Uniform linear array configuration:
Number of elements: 16
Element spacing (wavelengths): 0.25
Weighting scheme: blackman
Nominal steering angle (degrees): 30
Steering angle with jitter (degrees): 30.324
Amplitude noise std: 0.05
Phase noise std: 0.05

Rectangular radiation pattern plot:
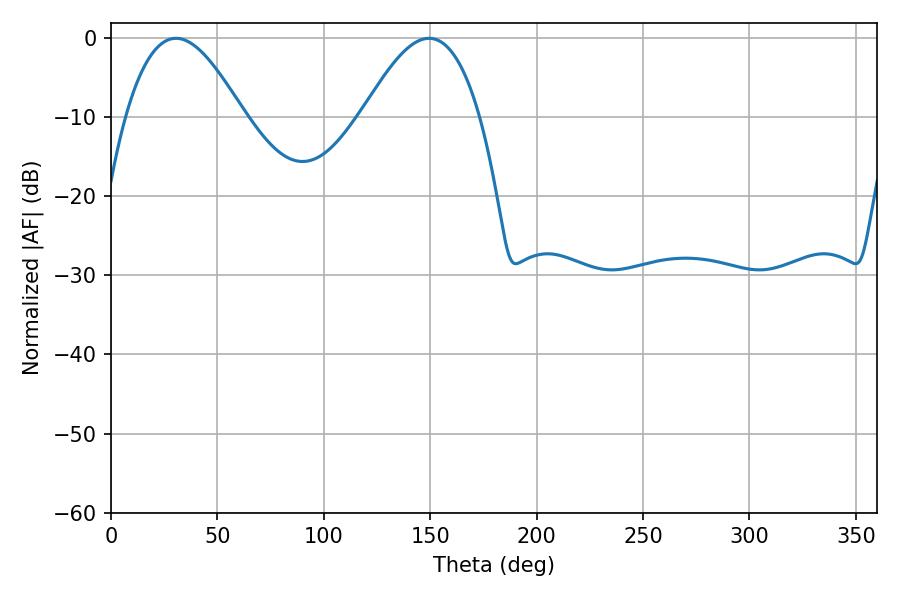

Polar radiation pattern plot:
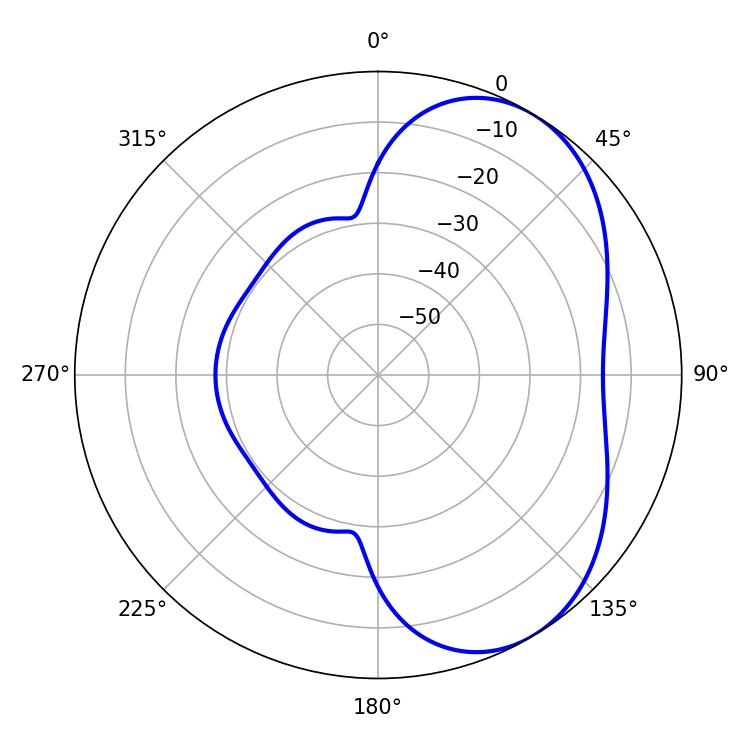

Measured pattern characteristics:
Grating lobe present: FALSE
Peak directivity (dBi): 5.026
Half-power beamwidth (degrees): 29.88
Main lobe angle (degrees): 30.6